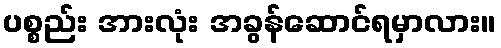
ပစ္စည်း အားလုံး အခွန်ဆောင်ရမှာလား။